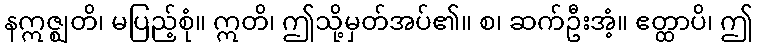
နဣဇ္ဈတိ၊ မပြည့်စုံ။ ဣတိ၊ ဤသို့မှတ်အပ်၏။ စ၊ ဆက်ဦးအံ့။ ဧတ္ထာပိ၊ ဤ